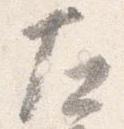
左